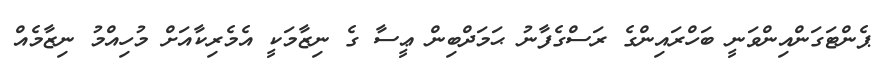
ޕެންޓަގަންއިންވަނީ ބަހްރައިންގެ ރަސްގެފާނު ޙަމަދްބިން ޢީސާ ގެ ނިޒާމަކީ އެމެރިކާއަށް މުހިއްމު ނިޒާމެއް